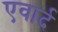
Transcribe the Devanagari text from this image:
एवार्द